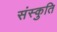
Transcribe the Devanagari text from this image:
संस्कुति